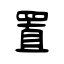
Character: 置